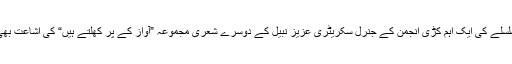
اسی سلسلے کی ایک اہم کڑی انجمن کے جنرل سکریٹری عزیز نبیل کے دوسرے شعری مجموعہ ”آواز کے پر کھلتے ہیں“ کی اشاعت بھی ہے۔